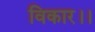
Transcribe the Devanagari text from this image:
विकार।।